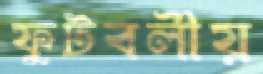
ফুটবলীয়